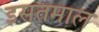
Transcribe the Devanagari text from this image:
इसतमाल